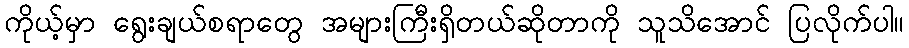
ကိုယ့်မှာ ရွေးချယ်စရာတွေ အများကြီးရှိတယ်ဆိုတာကို သူသိအောင် ပြလိုက်ပါ။